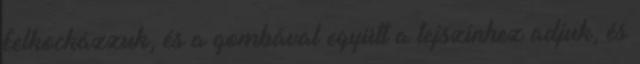
felkockázzuk, és a gombával együtt a tejszínhez adjuk, és